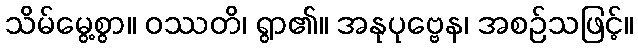
သိမ်မွေ့စွာ။ ဝဿတိ၊ ရွာ၏။ အနုပုဗ္ဗေန၊ အစဉ်သဖြင့်။